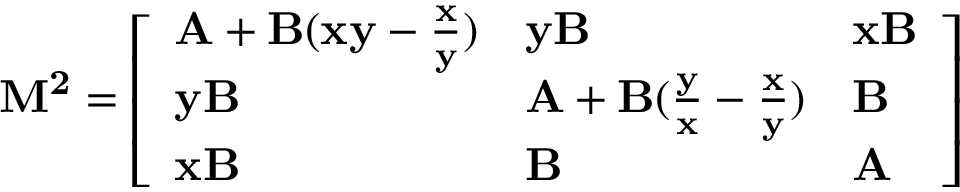
\mathbf { M ^ { 2 } } = { \left[ \begin{array} { l l l } { \mathbf { A } + \mathbf { B ( x y - { \frac { x } { y } } ) } } & { \mathbf { y B } } & { \mathbf { x B } } \\ { \mathbf { y B } } & { \mathbf { A + B ( { \frac { y } { x } } - { \frac { x } { y } } ) } } & { \mathbf { B } } \\ { \mathbf { x B } } & { \mathbf { B } } & { \mathbf { A } } \end{array} \right] }